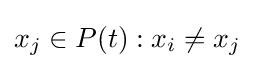
x_{j}\in P(t):x_{i}\neq x_{j}